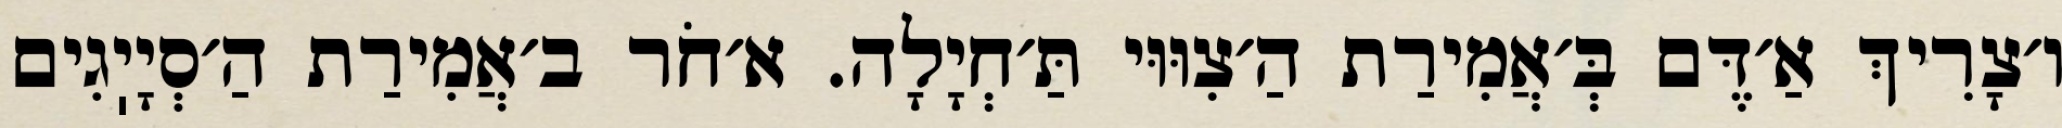
ו׳צָרִיךְ אַ׳דֶּם בְּ׳אֲמִירַת הַ׳צִוּוּי תַּ׳חְיָלָה. א׳חֹר ב׳אֲמִירַת הַ׳סְיָיֽגִים